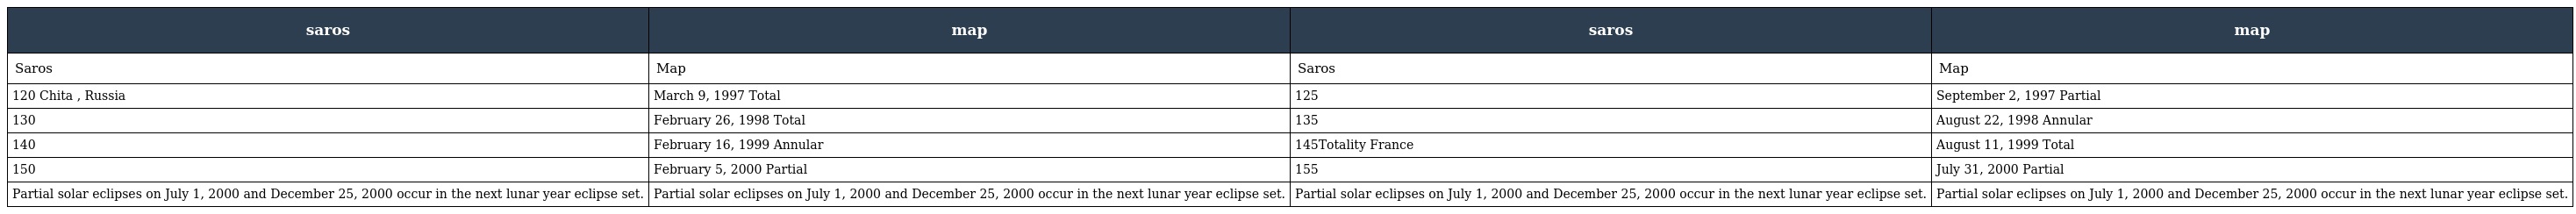
| saros | map | saros | map |
 | --- | --- | --- | --- |
 | Saros | Map | Saros | Map |
 | 120 Chita , Russia | March 9, 1997 Total | 125 | September 2, 1997 Partial |
 | 130 | February 26, 1998 Total | 135 | August 22, 1998 Annular |
 | 140 | February 16, 1999 Annular | 145Totality France | August 11, 1999 Total |
 | 150 | February 5, 2000 Partial | 155 | July 31, 2000 Partial |
 | Partial solar eclipses on July 1, 2000 and December 25, 2000 occur in the next lunar year eclipse set. | Partial solar eclipses on July 1, 2000 and December 25, 2000 occur in the next lunar year eclipse set. | Partial solar eclipses on July 1, 2000 and December 25, 2000 occur in the next lunar year eclipse set. | Partial solar eclipses on July 1, 2000 and December 25, 2000 occur in the next lunar year eclipse set. |